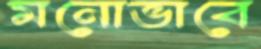
মনোভাবে